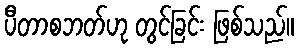
ပီတာစဘတ်ဟု တွင်ခြင်း ဖြစ်သည်။